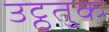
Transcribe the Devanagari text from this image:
उट्ठतुक